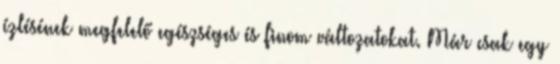
ízlésének megfelelő egészséges és finom változatokat. Már csak egy